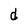
Character: d